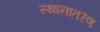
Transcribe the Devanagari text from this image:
स्थानातरंण